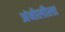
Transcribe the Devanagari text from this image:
अंबोलीला